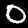
Label: 0